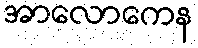
အာလောကေန